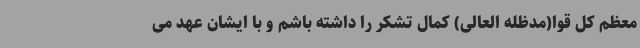
معظم کل قوا(مدظله العالی) کمال تشکر را داشته باشم و با ایشان عهد می